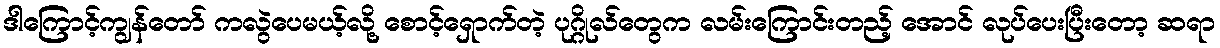
ဒါကြောင့်ကျွန်တော် ကလွဲပေမယ့်လို့ စောင့်ရှောက်တဲ့ ပုဂ္ဂိုလ်တွေက လမ်းကြောင်းတည့် အောင် လုပ်ပေးပြီးတော့ ဆရာ